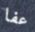
عفا